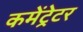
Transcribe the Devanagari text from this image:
कमेंट्रेटर